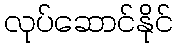
လုပ်ဆောင်နိုင်